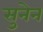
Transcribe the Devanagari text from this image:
सुनेन